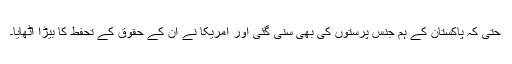
حتیٰ کہ پاکستان کے ہم جنس پرستوں کی بھی سنی گئی اور امریکا نے ان کے حقوق کے تحفط کا بیڑا اٹھایا۔